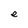
Character: e